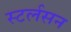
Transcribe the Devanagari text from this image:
स्टर्लसन